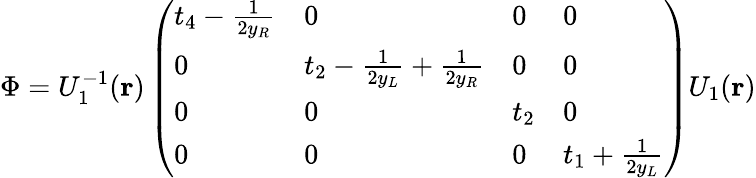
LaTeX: \Phi=U_{1}^{-1}({\mathbf r})\left(\begin{array}{llll}{{t_{4}-{\frac{1}{2y_{R}}}}}&{{0}}&{{0}}&{{0}}\\ {{0}}&{{t_{2}-{\frac{1}{2y_{L}}}+{\frac{1}{2y_{R}}}}}&{{0}}&{{0}}\\ {{0}}&{{0}}&{{t_{2}}}&{{0}}\\ {{0}}&{{0}}&{{0}}&{{t_{1}+{\frac{1}{2y_{L}}}}}\end{array}\right)U_{1}({\mathbf r})